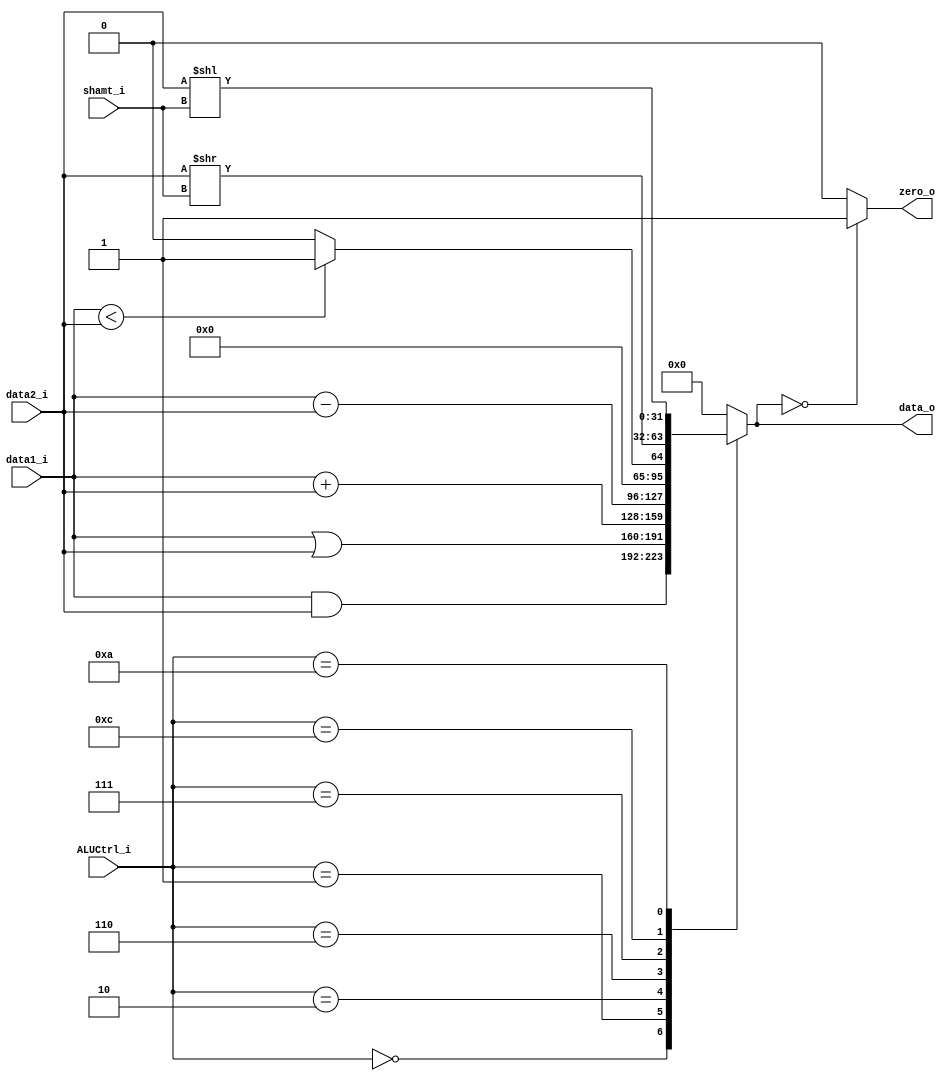
module ALU
(
	data1_i,
	data2_i,
	shamt_i,
	ALUCtrl_i,
	data_o,
	zero_o
);

input  [31 : 0] data1_i;
input  [31 : 0] data2_i;
input  [ 4 : 0] shamt_i;
input  [ 3 : 0] ALUCtrl_i;
output [31 : 0] data_o;
output          zero_o;

reg    [31 : 0] data_reg;

assign data_o = data_reg;
assign zero_o = (data_reg == 32'b0)? 1'b1 : 1'b0;

always @(*)
begin
	case (ALUCtrl_i)
		4'b0000: data_reg = data1_i & data2_i; //AND
		4'b0001: data_reg = data1_i | data2_i; //OR
		4'b0010: data_reg = data1_i + data2_i; //ADD
		4'b0110: data_reg = data1_i - data2_i; //SUB
		4'b0111: data_reg = ($signed(data1_i) < $signed(data2_i)) ? 1 : 0; //slt
		4'b1100: data_reg = data2_i >> (shamt_i); //srl
		4'b1010: data_reg = data2_i << (shamt_i); //sll
		default: data_reg = 0;
	endcase
end

endmodule